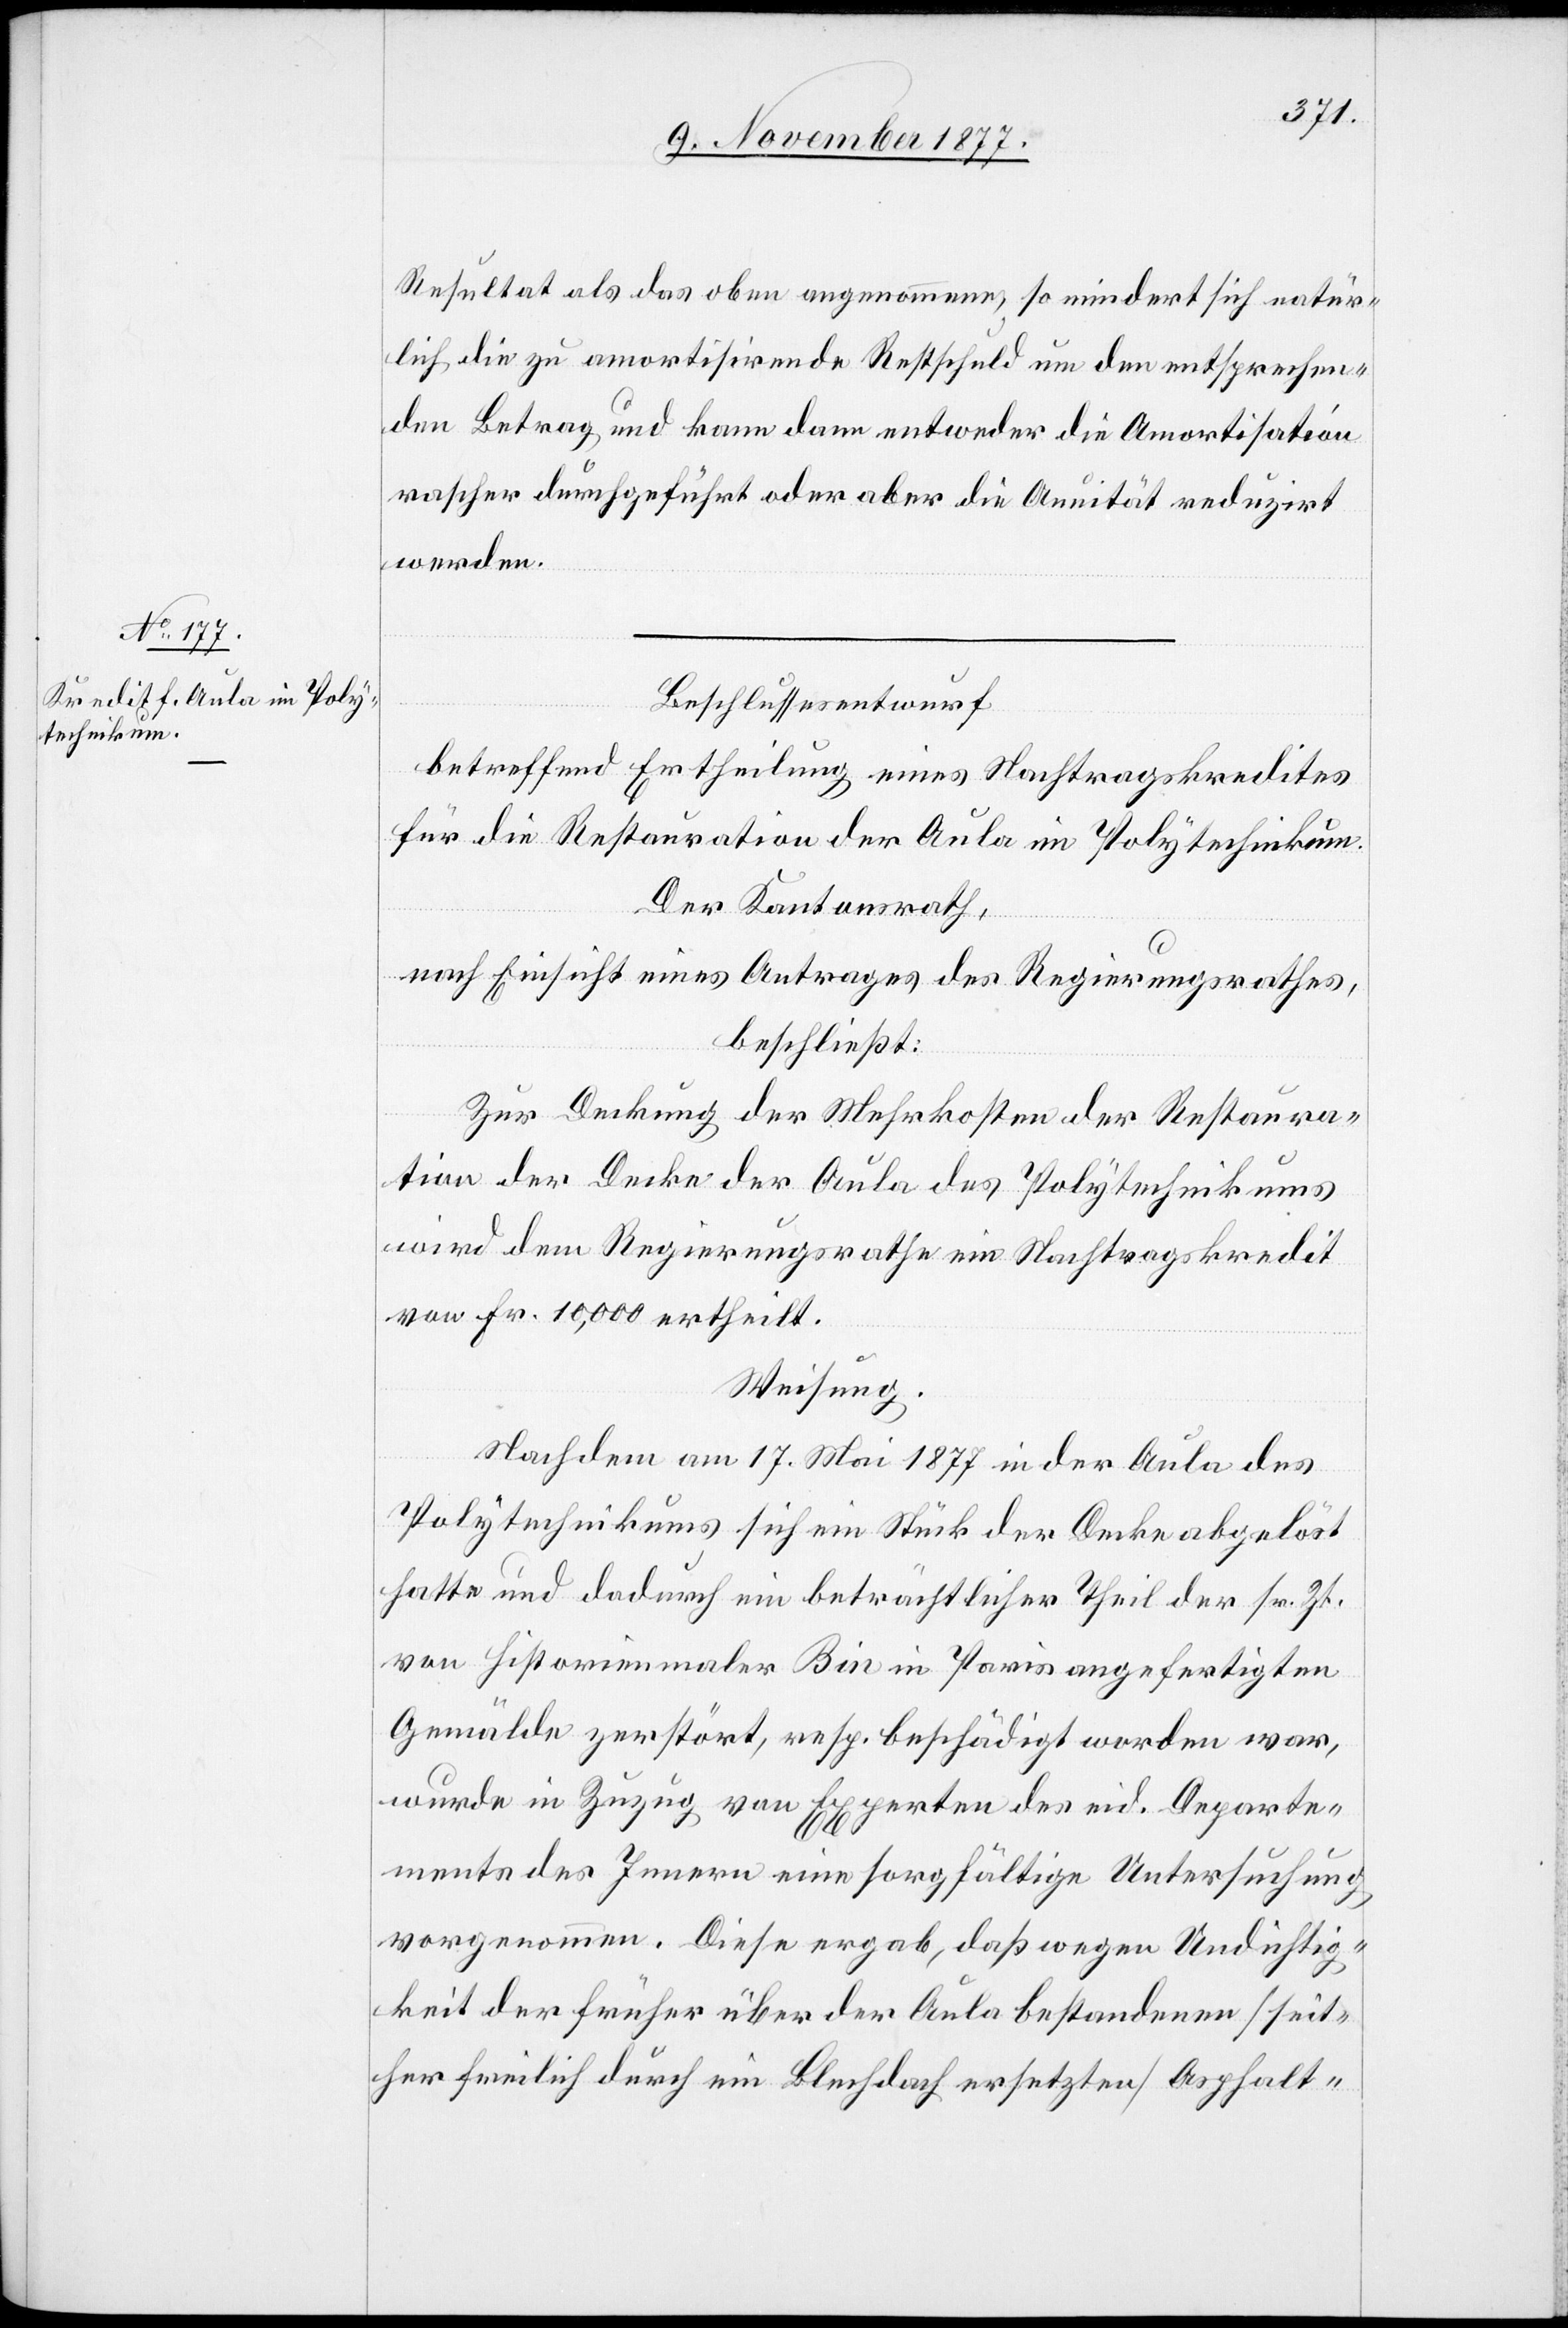
Resultat als das oben angenommene, so mindert sich natür¬
lich die zu amortisirende Restschuld um den entsprechen¬
den Betrag und kann dann entweder die Amortisation
rascher durchgeführt oder aber die An[n]uität reduzirt
werden.
Beschlussesentwurf.
betreffend Ertheilung eines Nachtragskredites
für die Restauration der Aula im Polytechnikum.
Der Kantonsrath,
nach Einsicht eines Antrages des Regierungsrathes,
beschließt:
Zur Deckung der Mehrkosten der Restaura¬
tion der Decke der Aula des Polytechnikums
wird dem Regierungsrathe ein Nachtragskredit
von Fr. 10,000 ertheilt.
Weisung.
Nachdem am 17. Mai 1877 in der Aula des
Polytechnikums sich ein Stück der Decke abgelöst
hatte und dadurch ein beträchtlicher Theil der sr. Zt.
von Historienmaler Bin in Paris angefertigten
Gemälde zerstört, resp. beschädigt worden war,
wurde in Zuzug von Experten des eid. Departe¬
ments des Innern eine sorgfältige Untersuchung
vorgenommen. Diese ergab, daß wegen Undichtig¬
keit der früher über der Aula bestandenen [seit¬
her freilich durch ein Blechdach ersetzten] Asphalt-